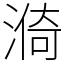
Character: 𣺈